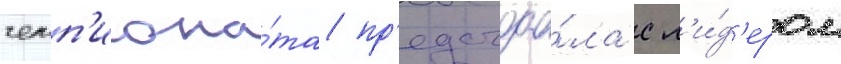
чемп'иона́та пр'едстоа́ла с л'и́д'ером